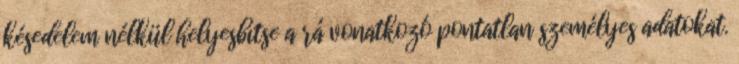
késedelem nélkül helyesbítse a rá vonatkozó pontatlan személyes adatokat.